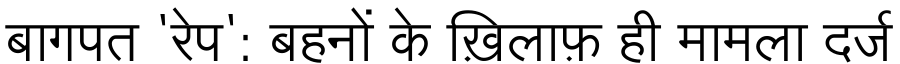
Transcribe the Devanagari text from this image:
बागपत 'रेप': बहनों के ख़िलाफ़ ही मामला दर्ज